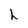
Character: h